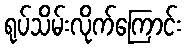
ရုပ်သိမ်းလိုက်ကြောင်း